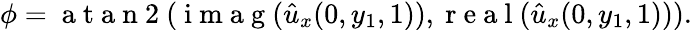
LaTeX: \phi=\mathrm{~a~t~a~n~2~}(\mathrm{~i~m~a~g~}(\hat{u}_{x}(0,y_{1},1)),\mathrm{~r~e~a~l~}(\hat{u}_{x}(0,y_{1},1))).